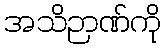
အသိဉာဏ်ကို